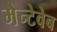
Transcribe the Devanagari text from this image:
मेन्टेवेब